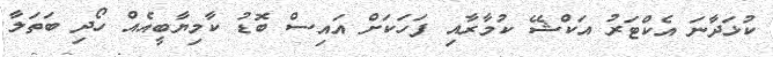
ކުޅަދާނަ އެކްޓަރު އަކްޝޭ ކުމާރާއި ފަހަކަށް އައިސް ބޮޑު ކާމިޔާބީއެއް ހޯދި ބަތަލާ